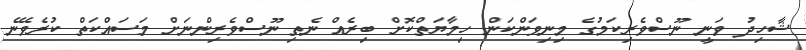
ޝާހިދު ވަނީ ނޫސްވެރިކަމުގެ މިނިވަންކަން ހިމާޔަތްކޮށް ބިރެއް ނެތި ނޫސްވެރިންނަށް މަސައްކަތް ކުރެވޭނެ